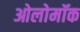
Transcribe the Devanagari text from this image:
ओलोमॉक